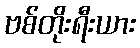
ဗစ်တိုးရီးယား